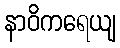
နာဝိကရေယျ